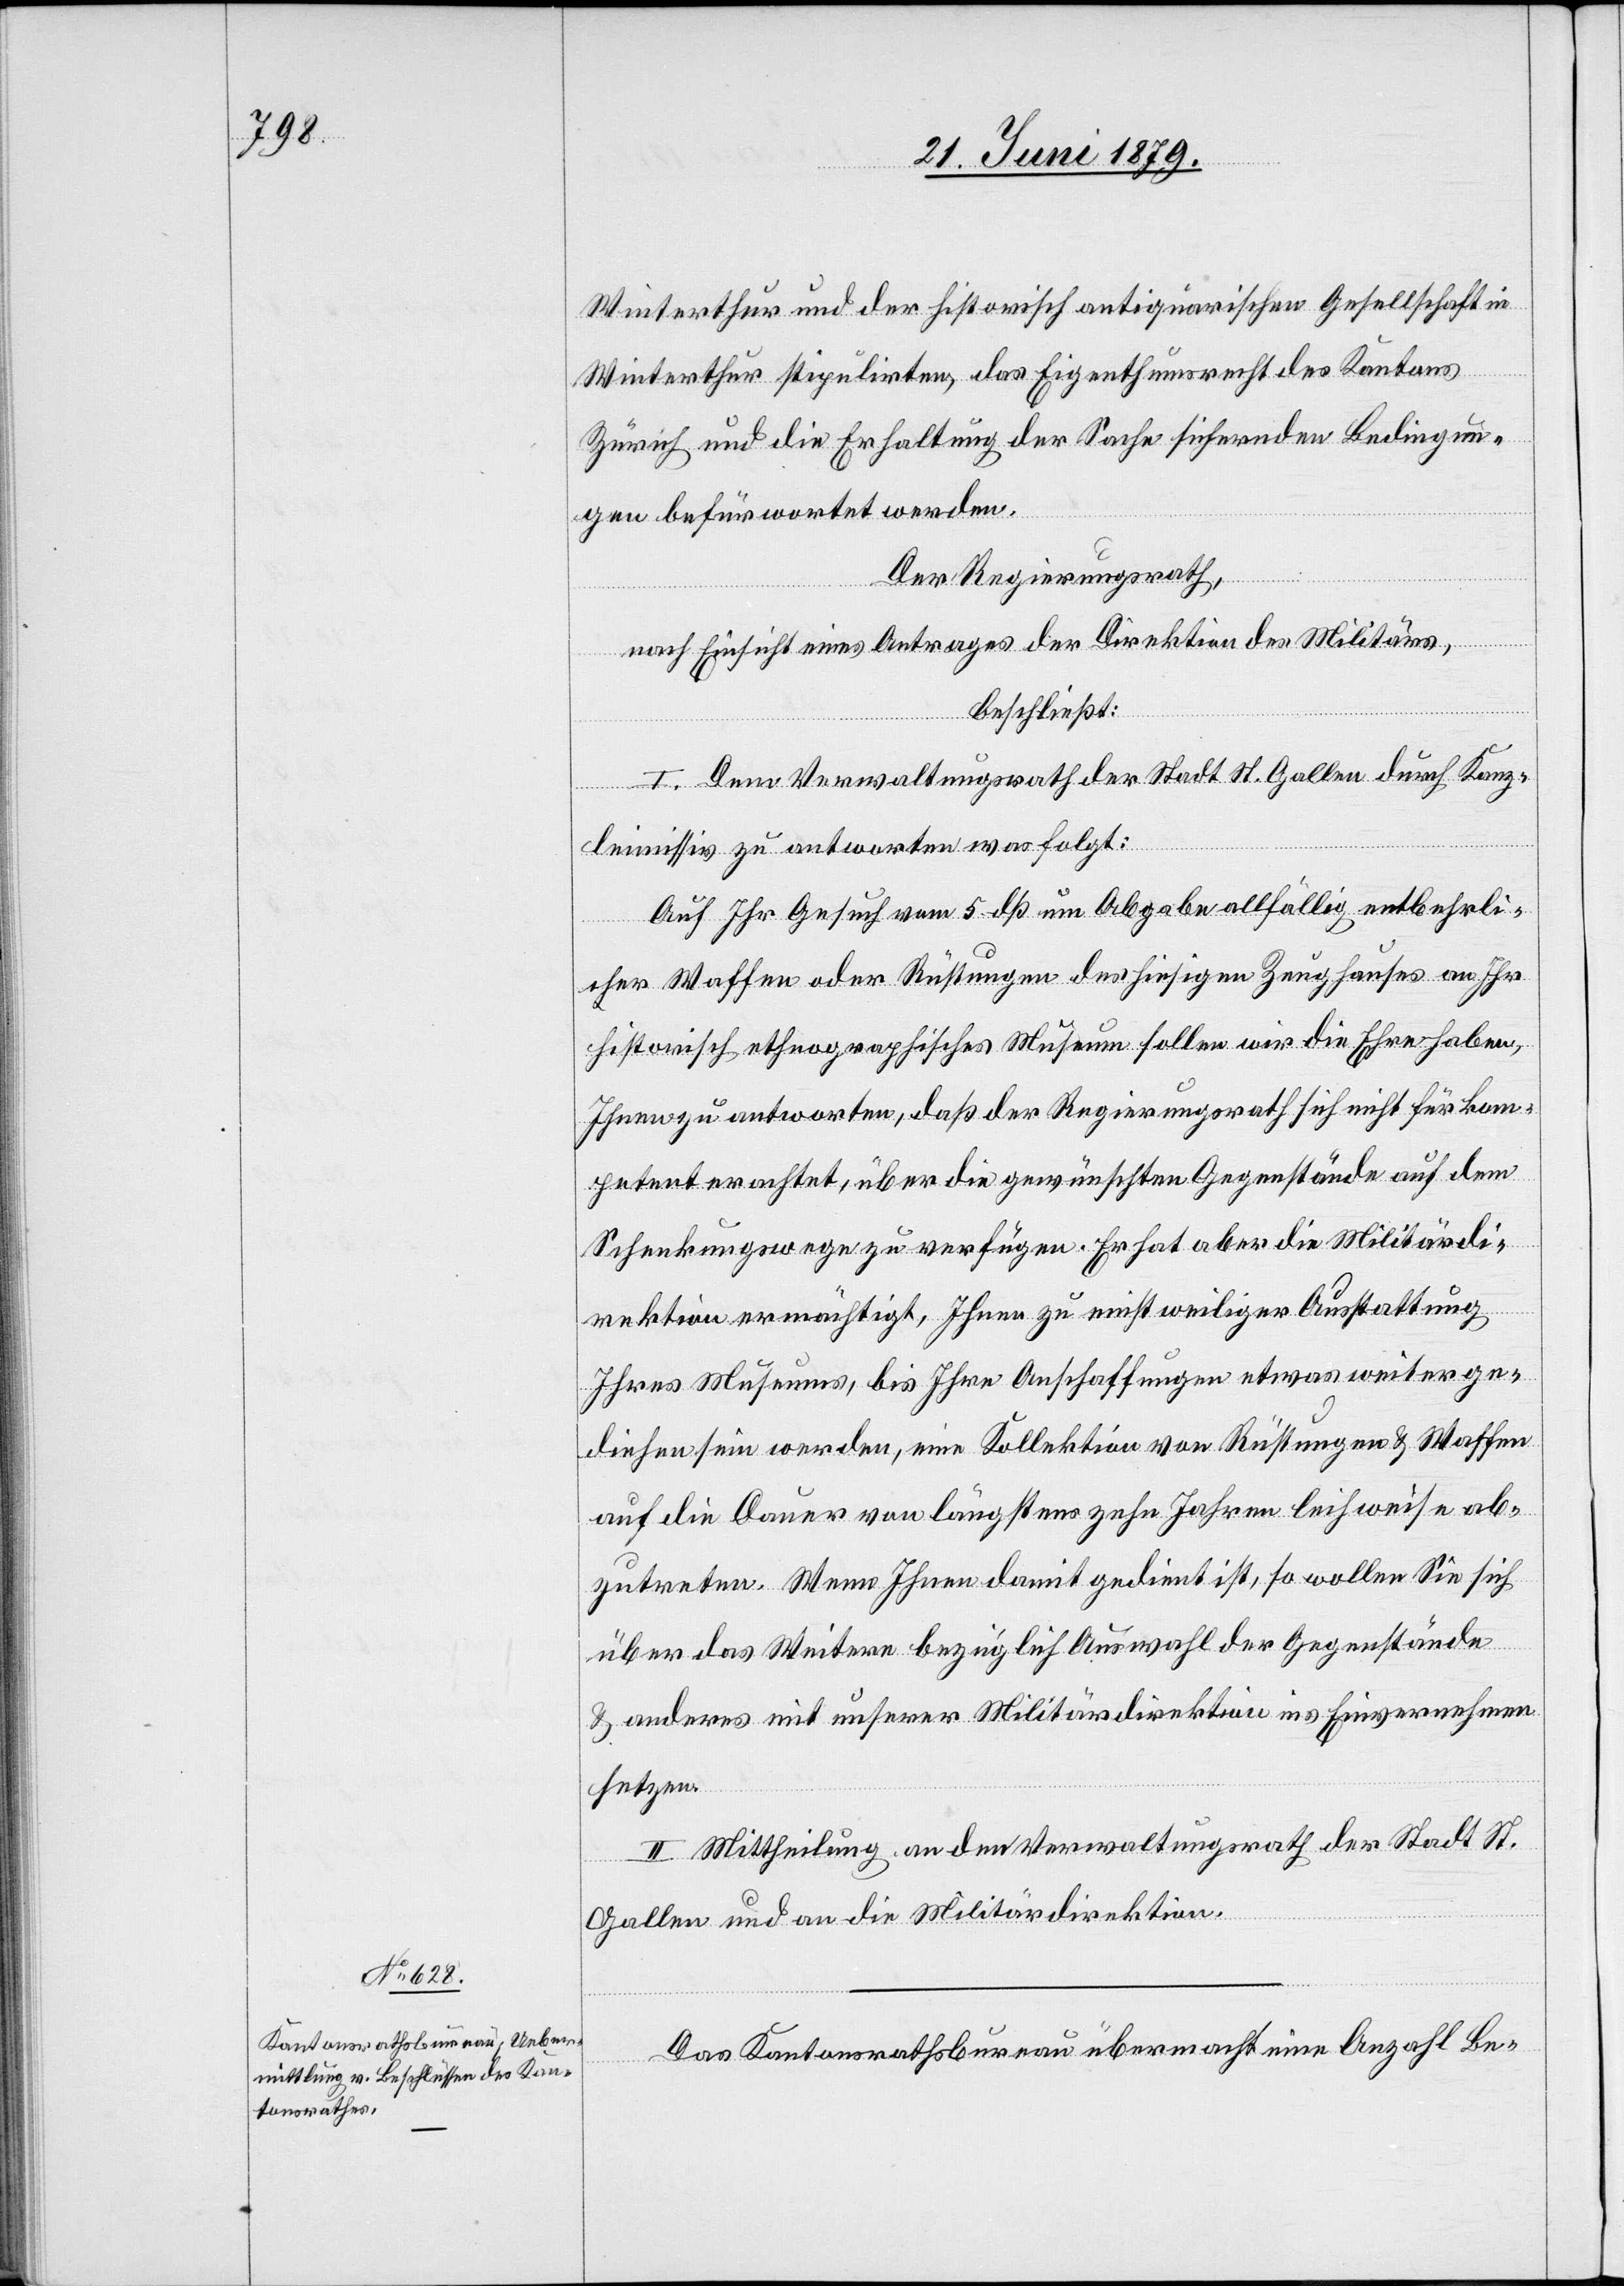
Winterthur und der historisch antiquarischen Gesellschaft in
Winterthur stipulirten, das Eigenthumsrecht des Kantons
Zürich und die Erhaltung der Sache sichernden Bedingun¬
gen befürwortet werden.
Der Regierungsrath,
nach Einsicht eines Antrages der Direktion des Militärs,
beschließt:
I. Dem Verwaltungsrath der Stadt St. Gallen durch Kanz¬
leimissiv zu antworten was folgt:
Auf Ihr Gesuch vom 5 dß um Abgabe allfälig entbehrli¬
cher Waffen oder Rüstungen des hiesigen Zeughauses an Ihr
historisch ethnographisches Museum sollen wir die Ehre haben,
Ihnen zu antworten, daß der Regierungsrath sich nicht für kom¬
petent erachtet, über die gewünschten Gegenstände auf dem
Schenkungswege zu verfügen. Er hat aber die Militärdi¬
rektion ermächtigt, Ihnen zu einstweiliger Ausstattung
Ihres Museums, bis Ihre Anschaffungen etwas weiter ge¬
diehen sein werden, eine Kollektion von Rüstungen & Waffen
auf die Dauer von längstens zehn Jahren leihweise ab¬
zutreten. Wenn Ihnen damit gedient ist, so wollen Sie sich
über das Weitere bezüglich Auswahl der Gegenstände
& anderes mit unserer Militärdirektion ins Einvernehmen
setzen.
II. Mittheilung an den Verwaltungsrath der Stadt St.
Gallen und an die Militärdirektion.
Das Kantonsrathsbureau übermacht eine Anzahl Be-